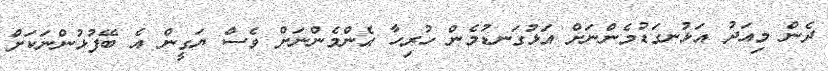
ދެން މިއަދު އަޅުނގަޑުމެންނަށް އަޅުގަނޑުމެން ހުރިހާ އެންމެންނަށް ވެސް ޔަގީން އެ ބޭފުޅުންނަކަށް